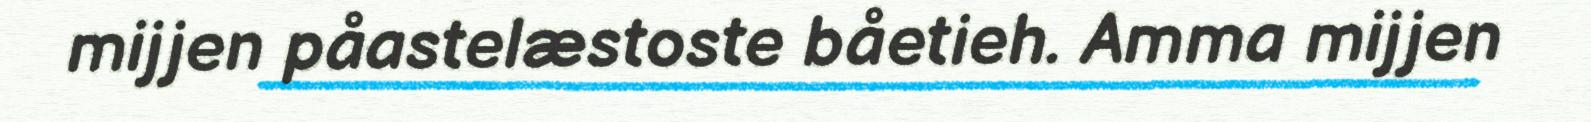
mijjen påastelæstoste båetieh. Amma mijjen